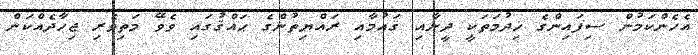
އެހެންކަމުން ސިފައިންގެ ޚިދުމަތަކީ ދީނާއި ޤައުމާއި ރައްޔިތުންގެ ޙައްޤުގައި ވެވޭ މަތިވެރި ޖިހާދެއްކަން